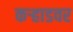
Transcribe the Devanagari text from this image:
कऱ्हाडवर